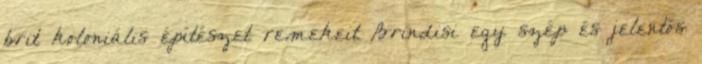
brit koloniális építészet remekeit Brindisi egy szép és jelentős